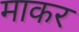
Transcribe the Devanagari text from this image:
माकर